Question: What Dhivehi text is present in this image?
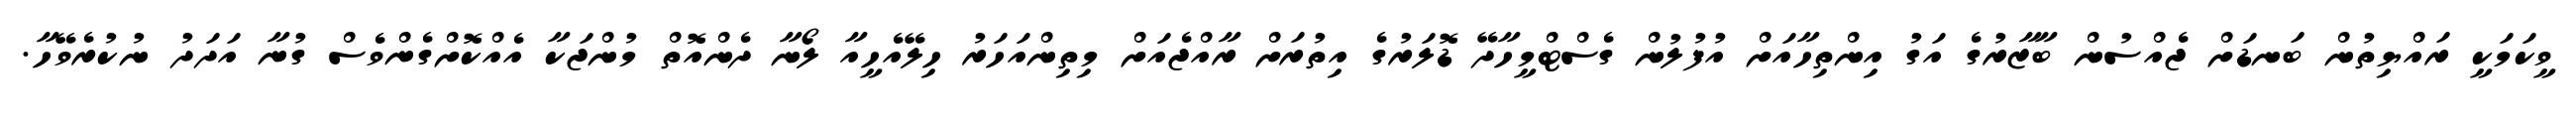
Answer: ވީކަމަކީ ރައްޔިތުން ބަނޑަށް ޖެއްސުން ބާޒާރުގެ އަގު އިންތިހާއަށް އުފުލުން ގެސްޓްމީހާދޭ ޑޮލަރުގެ އިތުރަށް ރާއްޖެއަށް މިތިންއަހަރު ހިލޭއެހީއާ ލޯނާ ދެންއޮތް މުންޖަކާ އެއްކޮށްގެންވެސް ގުނާ އަދަދު ނުކުރެވޭހާ.